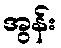
အွန်း